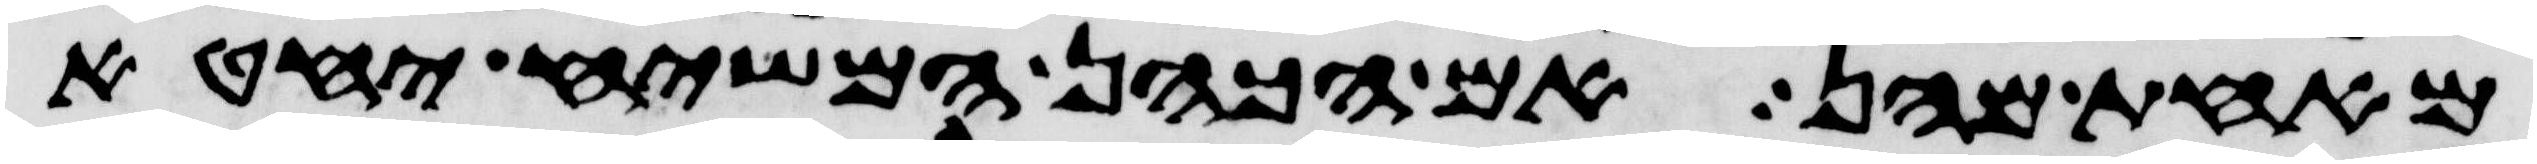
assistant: מאחת מהן אם הכהן המשיח יחטא